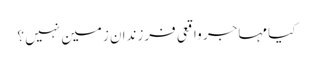
کیا مہاجر واقعی فرزندان زمین نہیں ؟